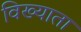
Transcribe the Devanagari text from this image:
विख्याता